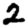
Digit: 2